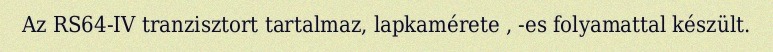
Az RS64-IV tranzisztort tartalmaz, lapkamérete , -es folyamattal készült.